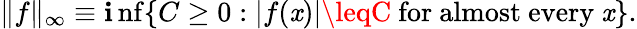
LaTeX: \| f\| _{\infty}\equiv\operatorname*{\mathbf{i}nf}\{ C\geq0:|f(\mathit{x})|\leqC{\mathrm{{~for~almost~every~}}}\mathit{x}\} .